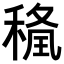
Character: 𥠢